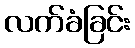
လက်ခံခြင်း